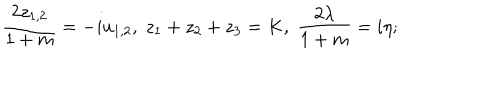
{ \frac { 2 z _ { 1 , 2 } } { 1 + m } } = - i u _ { 1 , 2 } , \; z _ { 1 } + z _ { 2 } + z _ { 3 } = K , \; { \frac { 2 \lambda } { 1 + m } } = i \eta ;